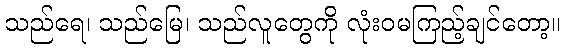
သည်ရေ၊ သည်မြေ၊ သည်လူတွေကို လုံးဝမကြည့်ချင်တော့။